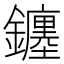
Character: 𨮻